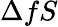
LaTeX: \Delta fS